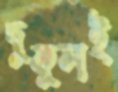
দুকূলই